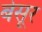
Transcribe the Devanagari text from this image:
बेसूर